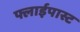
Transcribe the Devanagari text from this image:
फ्लाईपास्ट